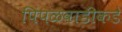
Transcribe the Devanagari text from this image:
पिंपळवाडीकडे